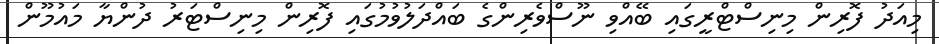
މިއަދު ފޮރިން މިނިސްޓްރީގައި ބޭއްވި ނޫސްވެރިންގެ ބައްދަލުވުމުގައި ފޮރިން މިނިސްޓަރު ދުންޔާ މައުމޫން